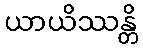
ယာယိဿန္တိ